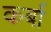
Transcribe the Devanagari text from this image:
कर्बा